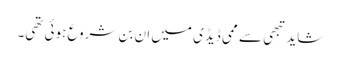
شاید تبھی سے ممی ڈیڈی میں ان بن شروع ہوئی تھی۔